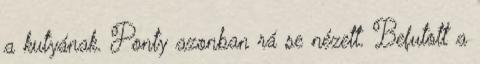
a kutyának. Ponty azonban rá se nézett. Befutott a